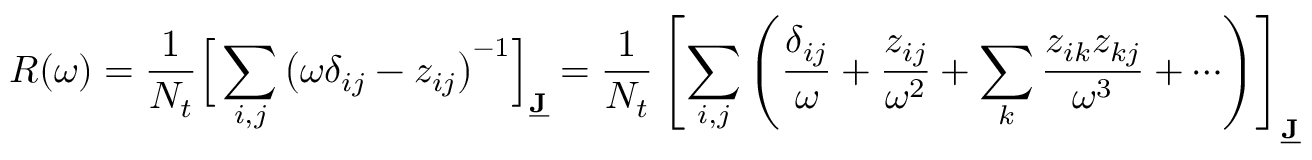
R ( \omega ) = \frac { 1 } { N _ { t } } \Big [ \sum _ { i , j } \big ( \omega \delta _ { i j } - z _ { i j } \big ) ^ { - 1 } \Big ] _ { \underline { { \mathbf { J } } } } = \frac { 1 } { N _ { t } } \left[ \sum _ { i , j } \left( \frac { \delta _ { i j } } { \omega } + \frac { z _ { i j } } { \omega ^ { 2 } } + \sum _ { k } \frac { z _ { i k } z _ { k j } } { \omega ^ { 3 } } + \cdots \right) \right] _ { \underline { { \mathbf { J } } } }